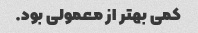
کمی بهتر از معمولی بود.